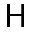
\mathsf { H }